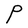
Character: P